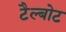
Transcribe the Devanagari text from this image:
टैल्बोट